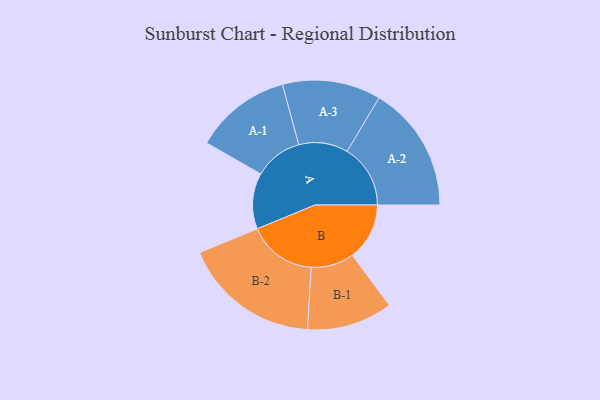
{"axis": {"x": "Segment", "y": "Value"}, "legend": ["", "A", "B"], "data": [{"x": "A", "y": 219, "type": ""}, {"x": "B", "y": 224, "type": ""}, {"x": "A-1", "y": 189, "type": "A"}, {"x": "A-2", "y": 248, "type": "A"}, {"x": "A-3", "y": 193, "type": "A"}, {"x": "B-1", "y": 168, "type": "B"}, {"x": "B-2", "y": 269, "type": "B"}]}